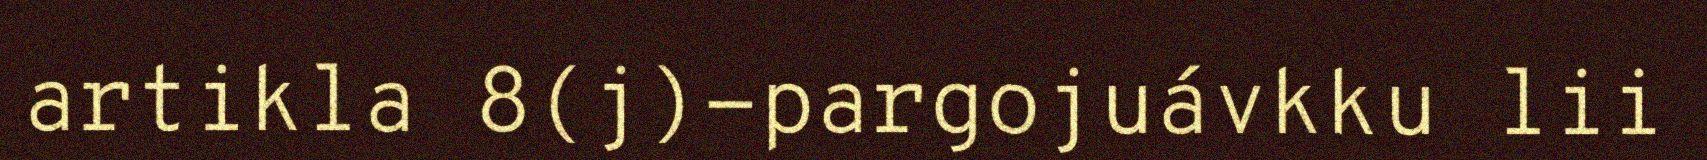
artikla 8(j)-pargojuávkku lii